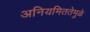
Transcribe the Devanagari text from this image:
अनियमिततेमुळे